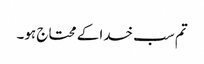
تم سب خدا کے محتاج ہو۔